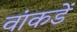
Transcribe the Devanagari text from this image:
वांकडें